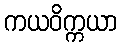
ကယဝိက္ကယာ